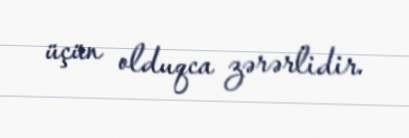
üçün olduqca zərərlidir.